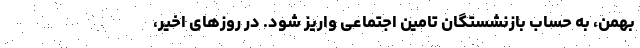
بهمن، به حساب بازنشستگان تامین اجتماعی واریز شود. در روزهای اخیر،